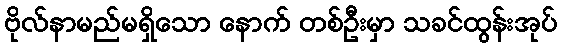
ဗိုလ်နာမည်မရှိသော နောက် တစ်ဦးမှာ သခင်ထွန်းအုပ်